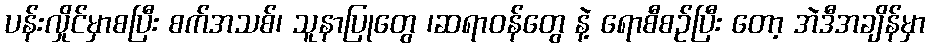
ပန်းလှိုင်မှာစပြီး စက်အသစ်၊ သူနာပြုတွေ ၊ဆရာဝန်တွေ နဲ့ ရောစီစဉ်ပြီး တော့ အဲဒီအချိန်မှာ